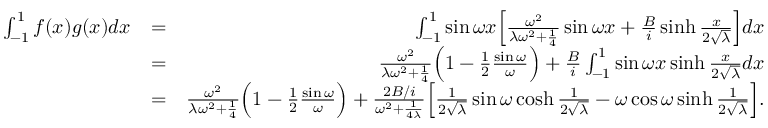
\begin{array} { r l r } { \int _ { - 1 } ^ { 1 } f ( x ) g ( x ) d x } & { = } & { \int _ { - 1 } ^ { 1 } \sin \omega x \Big [ \frac { \omega ^ { 2 } } { \lambda \omega ^ { 2 } + \frac { 1 } { 4 } } \sin \omega x + \frac { B } { i } \sinh \frac { x } { 2 \sqrt { \lambda } } \Big ] d x } \\ & { = } & { \frac { \omega ^ { 2 } } { \lambda \omega ^ { 2 } + \frac { 1 } { 4 } } \Big ( 1 - \frac { 1 } { 2 } \frac { \sin \omega } { \omega } \Big ) + \frac { B } { i } \int _ { - 1 } ^ { 1 } \sin \omega x \sinh \frac { x } { 2 \sqrt { \lambda } } d x } \\ & { = } & { \frac { \omega ^ { 2 } } { \lambda \omega ^ { 2 } + \frac { 1 } { 4 } } \Big ( 1 - \frac { 1 } { 2 } \frac { \sin \omega } { \omega } \Big ) + \frac { 2 B / i } { \omega ^ { 2 } + \frac { 1 } { 4 \lambda } } \Big [ \frac { 1 } { 2 \sqrt { \lambda } } \sin \omega \cosh \frac { 1 } { 2 \sqrt { \lambda } } - \omega \cos \omega \sinh \frac { 1 } { 2 \sqrt { \lambda } } \Big ] . } \end{array}